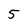
Character: 5